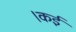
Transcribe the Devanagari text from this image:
।कई